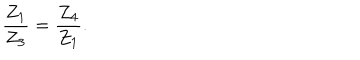
\frac { Z _ { 1 } } { Z _ { 3 } } = \frac { Z _ { 4 } } { Z _ { 1 } } .